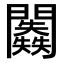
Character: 𨷥